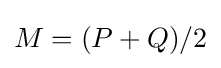
M=(P+Q)/2